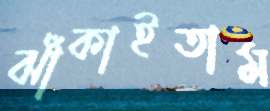
ঝাঁকাইতাম